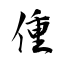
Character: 偅